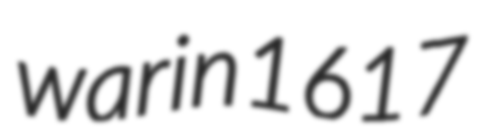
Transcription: war in 1617